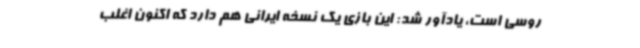
روسی است، یادآور شد: این بازی یک نسخه ایرانی هم دارد که اکنون اغلب